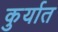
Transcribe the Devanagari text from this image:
कुर्यात